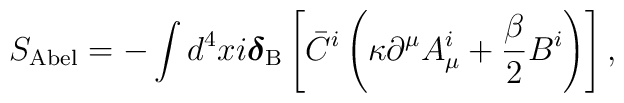
S_{\rm Abel} =-\int d^4x     i\mbox{\boldmath$\delta$}_{\rm B}     \left[\bar C^i           \left(\kappa\partial^\mu A_\mu^i                 +\frac\beta2B^i\right)\right],